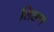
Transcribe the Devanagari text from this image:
शिछण